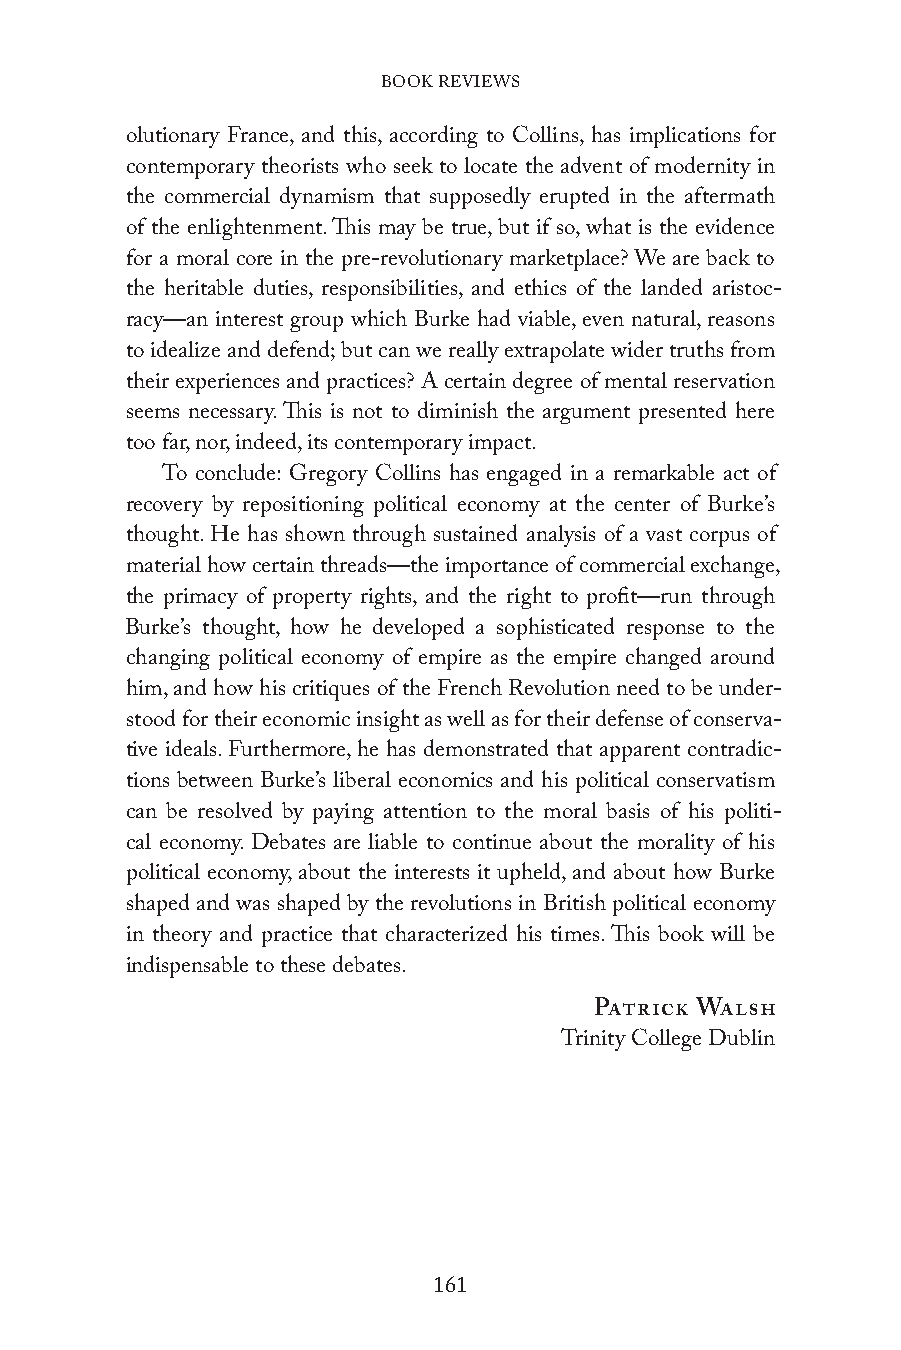
BOOK REVIEWS
 olutionary France, and this, according to Collins, has implications for
 contemporary theorists who seek to locate the advent of modernity in
 the commercial dynamism that supposedly erupted in the aftermath
 of the enlightenment. This may be true, but if so, what is the evidence
 for a moral core in the pre-revolutionary marketplace? We are back to
 the heritable duties, responsibilities, and ethics of the landed aristoc-
 racy—an interest group which Burke had viable, even natural, reasons
 to idealize and defend; but can we really extrapolate wider truths from
 their experiences and practices? A certain degree of mental reservation
 seems necessary. This is not to diminish the argument presented here
 too far, nor, indeed, its contemporary impact.
 To conclude: Gregory Collins has engaged in a remarkable act of
 recovery by repositioning political economy at the center of Burke’s
 thought. He has shown through sustained analysis of a vast corpus of
 material how certain threads—the importance of commercial exchange,
 the primacy of property rights, and the right to profit—run through
 Burke’s thought, how he developed a sophisticated response to the
 changing political economy of empire as the empire changed around
 him, and how his critiques of the French Revolution need to be under-
 stood for their economic insight as well as for their defense of conserva-
 tive ideals. Furthermore, he has demonstrated that apparent contradic-
 tions between Burke’s liberal economics and his political conservatism
 can be resolved by paying attention to the moral basis of his politi-
 cal economy. Debates are liable to continue about the morality of his
 political economy, about the interests it upheld, and about how Burke
 shaped and was shaped by the revolutions in British political economy
 in theory and practice that characterized his times. This book will be
 indispensable to these debates.
 Patrick Walsh
 Trinity College Dublin
 161